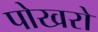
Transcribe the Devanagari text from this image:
पोखरो